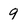
Character: 9